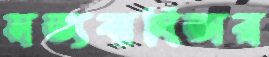
সত্যবাদিতার